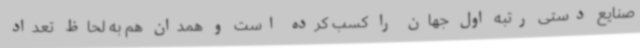
صنایع دستی رتبه اول جهان را کسب کرده است و همدان هم به لحاظ تعداد